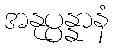
အနုပ္ပန္နာနံ